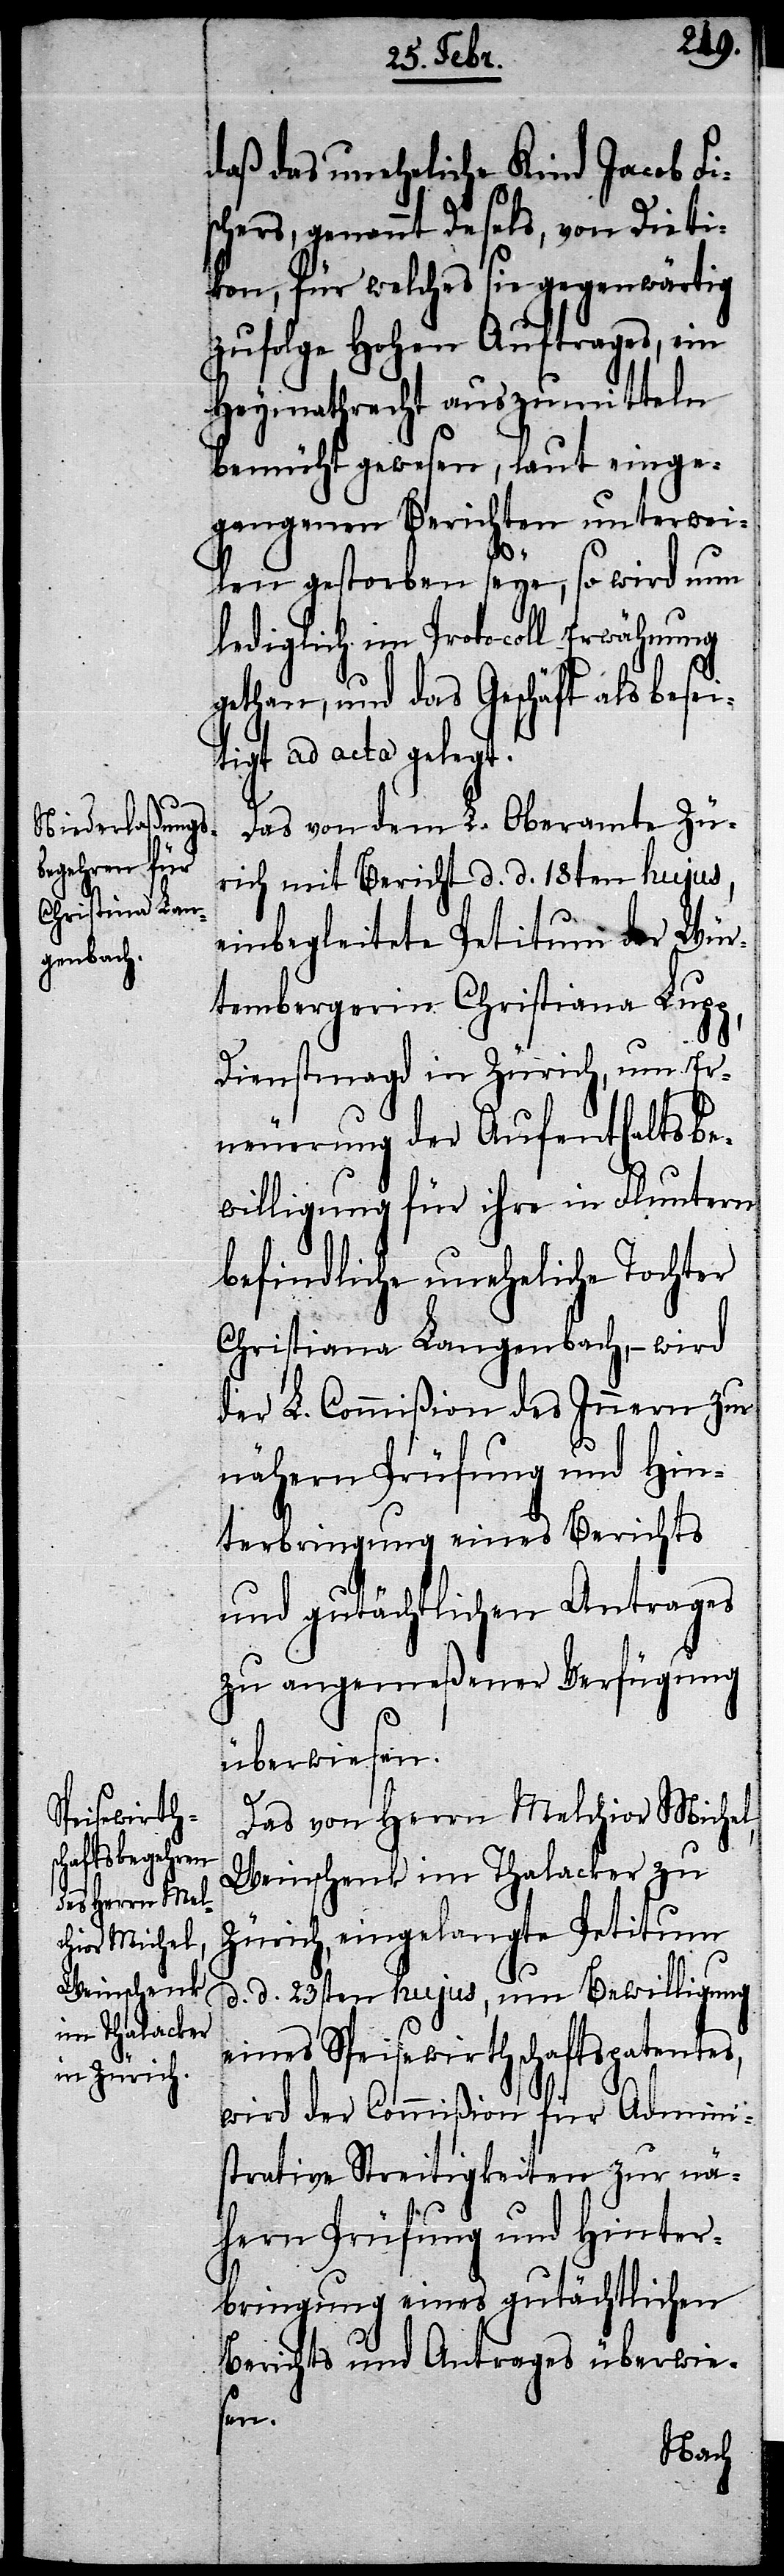
genbach,

daß das uneheliche Kind Jacob Fi¬
schers, genannt Desels, von Dieti¬
kon, für welches sie gegenwärtig
zufolge Hohen Auftrages, ein
Heymathrecht auszumitteln
bemüht gewesen, laut einge¬
gangenen Berichten unterwei¬
len gestorben seye, so wird nun
lediglich im Protocoll Erwähnung
gethan, und das Geschäft als besei¬
tigt ad acta gelegt.
Das von dem L. Oberamte Zü¬
rich mit Bericht d. d. 18ten hujus,
einbegleitete Petitum der Wür¬
tembergerin Christiana Lupp,
Dienstmagd in Zürich, um Er¬
neuerung der Aufenthaltsbe¬
willigung für ihre in Fluntern
befindliche uneheliche Tochter
der L. Commißion des Innern zur
nähern Prüfung und Hin¬
terbringung eines Berichts
und gutächtlichen Antrages
zu angemeßener Verfügung
überwiesen.
Das von Herrn Melchior Michel,
Weinschenk im Thalacker zu
Zürich, eingelangte Petitum
d. d. 23sten hujus, um Bewilligung
eines Speisewirthschaftspatentes,
wird der Commißion für Admini¬
strative Streitigkeiten zur nä¬
hern Prüfung und Hinter¬
bringung eines gutächtlichen
Berichts und Antrages überwie¬
sen.